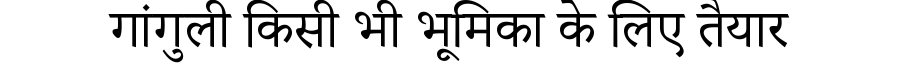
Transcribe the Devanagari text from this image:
गांगुली किसी भी भूमिका के लिए तैयार